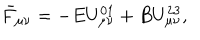
\bar { F } _ { \mu \nu } = - E U _ { \mu \nu } ^ { 0 1 } + B U _ { \mu \nu } ^ { 2 3 } ,